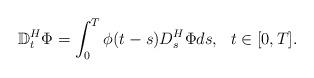
LaTeX: \begin{align*} \mathbb{D}_{t}^{H}\Phi = \int_0^T \phi(t-s) D_{s}^{H}\Phi ds, \ \ t\in[0,T].\end{align*}